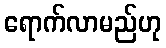
ရောက်လာမည်ဟု